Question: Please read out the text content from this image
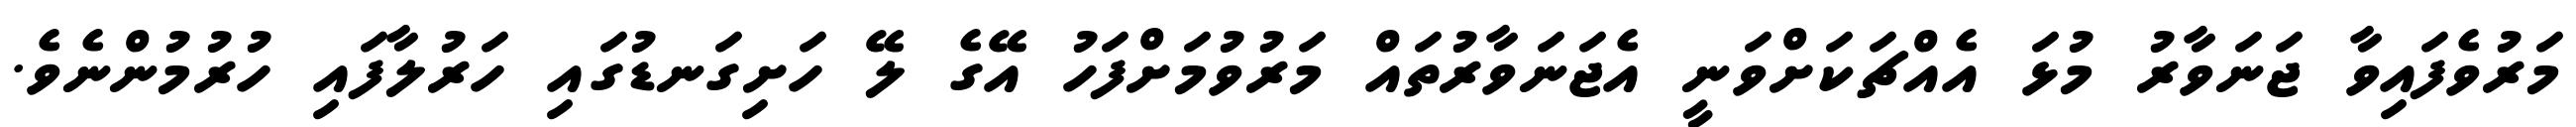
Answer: މަރުވެފައިވާ ޖަނަވާރު މުޅަ އެއްޗަކަށްވަނީ އެޖަނަވާރުތައް މަރުވުމަށްފަހު އޭގެ ލޭ ހަށިގަނޑުގައި ހަރުލާފައި ހުރުމުންނެވެ.